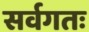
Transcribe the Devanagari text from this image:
सर्वगतः